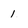
Character: 1